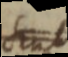
sut